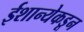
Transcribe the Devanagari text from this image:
ईशान्येकडून